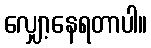
လျှော့နေရတာပါ။